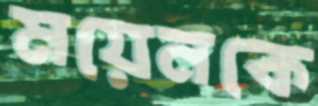
ময়েনকে